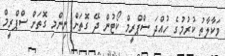
ވަކާލާތު ކުރުމުގެ ހުއްދަ ސްޕްރީމް ކޯޓުން ދޭ ގޮތަށް ނިންމި ގޮތަށް ސްޕްރީމް